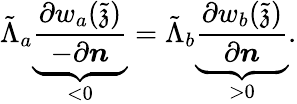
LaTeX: \tilde{\Lambda}_{a}\underbrace{\frac{\partial w_{a}(\tilde{\mathfrak{z}})}{-\partial\boldsymbol{n}}}_{<0}=\tilde{\Lambda}_{b}\underbrace{\frac{\partial w_{b}(\tilde{\mathfrak{z}})}{\partial\boldsymbol{n}}}_{>0}.